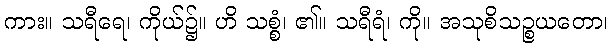
ကား။ သရီရေ၊ ကိုယ်၌။ ဟိ သစ္စံ၊ ၏။ သရီရံ၊ ကို။ အသုစိသဉ္စယတော၊